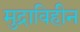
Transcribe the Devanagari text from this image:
मुद्राविहीन